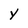
Character: Y